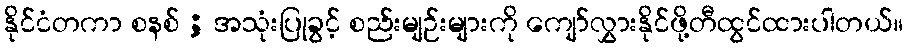
နိုင်ငံတကာ စနစ် ; အသုံးပြုခွင့် စည်းမျဉ်းများကို ကျော်လွှားနိုင်ဖို့တီထွင်ထားပါတယ်။